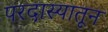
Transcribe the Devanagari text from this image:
परदास्यातून